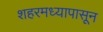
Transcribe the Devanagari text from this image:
शहरमध्यापासून